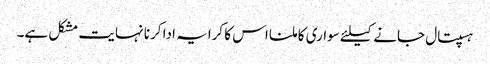
ہسپتال جانے کیلئے سواری کا ملنا اس کا کرایہ ادا کرنا نہایت مشکل ہے۔